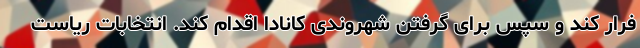
فرار کند و سپس برای گرفتن شهروندی کانادا اقدام کند. انتخابات ریاست